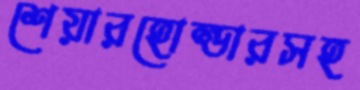
শেয়ারহোল্ডারসহ